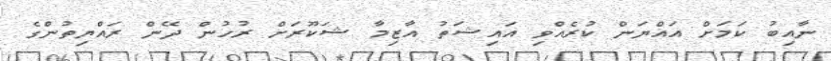
ނާއިބު ކަމަށް އައްޔަން ކުރެއްވި އައިޝަތު އާޒިމާ ޝަކޫރަށް ރުހުން ދޭން ރައްޔިތުންގެ